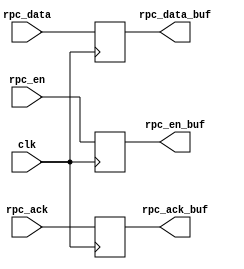
`timescale 1ns / 1ps
/***********************************************************************************************************************
*                                                                                                                      *
* ANTIKERNEL v0.1                                                                                                      *
*                                                                                                                      *
* Copyright (c) 2012-2016 Andrew D. Zonenberg                                                                          *
* All rights reserved.                                                                                                 *
*                                                                                                                      *
* Redistribution and use in source and binary forms, with or without modification, are permitted provided that the     *
* following conditions are met:                                                                                        *
*                                                                                                                      *
*    * Redistributions of source code must retain the above copyright notice, this list of conditions, and the         *
*      following disclaimer.                                                                                           *
*                                                                                                                      *
*    * Redistributions in binary form must reproduce the above copyright notice, this list of conditions and the       *
*      following disclaimer in the documentation and/or other materials provided with the distribution.                *
*                                                                                                                      *
*    * Neither the name of the author nor the names of any contributors may be used to endorse or promote products     *
*      derived from this software without specific prior written permission.                                           *
*                                                                                                                      *
* THIS SOFTWARE IS PROVIDED BY THE AUTHORS "AS IS" AND ANY EXPRESS OR IMPLIED WARRANTIES, INCLUDING, BUT NOT LIMITED   *
* TO, THE IMPLIED WARRANTIES OF MERCHANTABILITY AND FITNESS FOR A PARTICULAR PURPOSE ARE DISCLAIMED. IN NO EVENT SHALL *
* THE AUTHORS BE HELD LIABLE FOR ANY DIRECT, INDIRECT, INCIDENTAL, SPECIAL, EXEMPLARY, OR CONSEQUENTIAL DAMAGES        *
* (INCLUDING, BUT NOT LIMITED TO, PROCUREMENT OF SUBSTITUTE GOODS OR SERVICES; LOSS OF USE, DATA, OR PROFITS; OR       *
* BUSINESS INTERRUPTION) HOWEVER CAUSED AND ON ANY THEORY OF LIABILITY, WHETHER IN CONTRACT, STRICT LIABILITY, OR TORT *
* (INCLUDING NEGLIGENCE OR OTHERWISE) ARISING IN ANY WAY OUT OF THE USE OF THIS SOFTWARE, EVEN IF ADVISED OF THE       *
* POSSIBILITY OF SUCH DAMAGE.                                                                                          *
*                                                                                                                      *
***********************************************************************************************************************/

/**
	@file
	@author Andrew D. Zonenberg
	@brief Unidirectional pipeline stage for RPCv2
 */
module RPCv2PipelineStage(
	clk,
	rpc_en, rpc_ack, rpc_data,
	rpc_en_buf, rpc_ack_buf, rpc_data_buf
	);
	
	////////////////////////////////////////////////////////////////////////////////////////////////////////////////////
	// I/O declarations
	
	input wire clk;
	
	input wire rpc_en;
	input wire[1:0] rpc_ack;
	input wire[31:0] rpc_data;
	
	parameter STAGES = 1;
	
	output wire rpc_en_buf;
	output wire[1:0] rpc_ack_buf;
	output wire[31:0] rpc_data_buf;
	
	////////////////////////////////////////////////////////////////////////////////////////////////////////////////////
	// Pipelining
	
	generate
		
		//No pipelining - just pass through
		if(STAGES == 0) begin
			assign rpc_en_buf = rpc_en;
			assign rpc_ack_buf = rpc_ack;
			assign rpc_data_buf = rpc_data;
		end
		
		//Single pipeline stage
		else if(STAGES == 1) begin
			(* KEEP="yes" *) reg rpc_en_ff = 0;
			(* KEEP="yes" *) reg[1:0] rpc_ack_ff = 0;
			(* KEEP="yes" *) reg[31:0] rpc_data_ff = 0;
			
			always @(posedge clk) begin
				rpc_en_ff <= rpc_en;
				rpc_ack_ff <= rpc_ack;
				rpc_data_ff <= rpc_data;
			end
			
			assign rpc_en_buf = rpc_en_ff;
			assign rpc_ack_buf = rpc_ack_ff;
			assign rpc_data_buf = rpc_data_ff;
			
		end
		
		//Multiple pipeline stages not implemented yet
		else begin
		
			initial begin
				$display("ERROR: Only 0/1 pipeline stages supported in RPCv2PipelineStage for now");
				$finish;
			end
		end
	
	endgenerate

endmodule